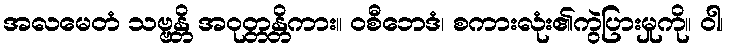
အလမေတံ သဗ္ဗန္တိ အဝုတ္တန္တိကား။ ဝစီဘေဒံ၊ စကားလုံး၏ကွဲပြားမှုကို။ ဝါ၊